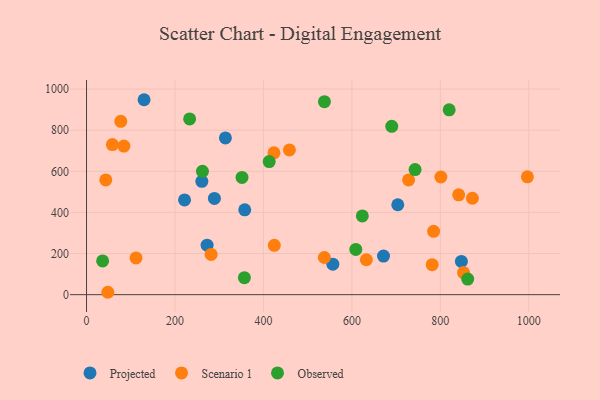
{"axis": {"x": "Experience", "y": "Exam Score"}, "legend": ["Observed", "Projected", "Scenario 1"], "data": [{"x": "272.6", "y": 240.9, "type": "Projected"}, {"x": "260.7", "y": 551.3, "type": "Projected"}, {"x": "847.5", "y": 161.8, "type": "Projected"}, {"x": "221.6", "y": 460.9, "type": "Projected"}, {"x": "130.1", "y": 948.1, "type": "Projected"}, {"x": "289.1", "y": 468.2, "type": "Projected"}, {"x": "357.7", "y": 412.4, "type": "Projected"}, {"x": "314.0", "y": 762.4, "type": "Projected"}, {"x": "556.9", "y": 148.3, "type": "Projected"}, {"x": "671.4", "y": 187.9, "type": "Projected"}, {"x": "703.7", "y": 437.3, "type": "Projected"}, {"x": "632.6", "y": 169.9, "type": "Scenario 1"}, {"x": "841.4", "y": 485.4, "type": "Scenario 1"}, {"x": "458.7", "y": 703.9, "type": "Scenario 1"}, {"x": "48.2", "y": 11.6, "type": "Scenario 1"}, {"x": "281.7", "y": 195.6, "type": "Scenario 1"}, {"x": "43.5", "y": 558.0, "type": "Scenario 1"}, {"x": "852.3", "y": 107.4, "type": "Scenario 1"}, {"x": "996.7", "y": 572.9, "type": "Scenario 1"}, {"x": "784.7", "y": 308.2, "type": "Scenario 1"}, {"x": "111.9", "y": 178.6, "type": "Scenario 1"}, {"x": "781.4", "y": 145.7, "type": "Scenario 1"}, {"x": "801.1", "y": 572.2, "type": "Scenario 1"}, {"x": "58.5", "y": 730.2, "type": "Scenario 1"}, {"x": "424.5", "y": 239.8, "type": "Scenario 1"}, {"x": "537.7", "y": 180.7, "type": "Scenario 1"}, {"x": "728.2", "y": 558.0, "type": "Scenario 1"}, {"x": "423.8", "y": 689.9, "type": "Scenario 1"}, {"x": "77.5", "y": 843.1, "type": "Scenario 1"}, {"x": "872.4", "y": 468.9, "type": "Scenario 1"}, {"x": "84.4", "y": 722.8, "type": "Scenario 1"}, {"x": "351.5", "y": 570.2, "type": "Observed"}, {"x": "819.9", "y": 898.9, "type": "Observed"}, {"x": "623.5", "y": 382.8, "type": "Observed"}, {"x": "36.4", "y": 164.3, "type": "Observed"}, {"x": "861.8", "y": 75.8, "type": "Observed"}, {"x": "690.1", "y": 818.5, "type": "Observed"}, {"x": "608.8", "y": 220.0, "type": "Observed"}, {"x": "413.0", "y": 647.1, "type": "Observed"}, {"x": "233.1", "y": 854.6, "type": "Observed"}, {"x": "537.9", "y": 938.5, "type": "Observed"}, {"x": "742.8", "y": 608.5, "type": "Observed"}, {"x": "356.9", "y": 82.5, "type": "Observed"}, {"x": "262.1", "y": 599.7, "type": "Observed"}]}